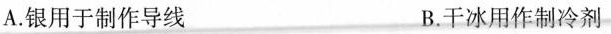
A.银用于制作导线 B.干冰用作制冷剂